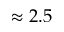
\approx 2 . 5